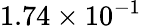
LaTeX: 1.74\times 10^{-1}